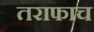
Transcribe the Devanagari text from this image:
तराफाच